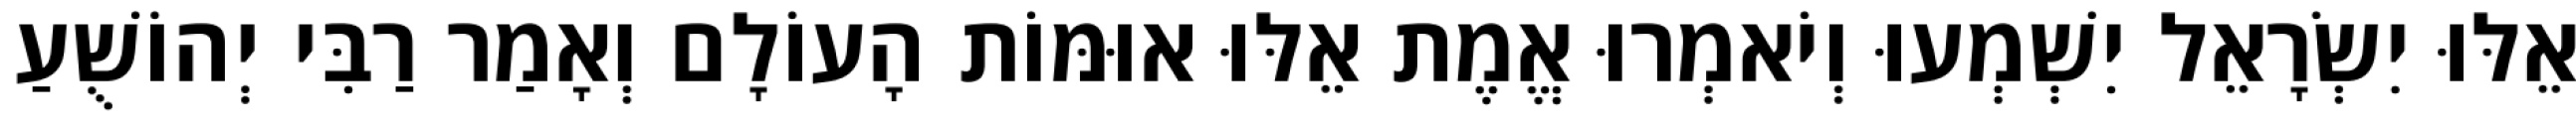
אֵלּוּ יִשְׂרָאֵל יִשְׁמְעוּ וְיֹאמְרוּ אֱמֶת אֵלּוּ אוּמּוֹת הָעוֹלָם וְאָמַר רַבִּי יְהוֹשֻׁעַ